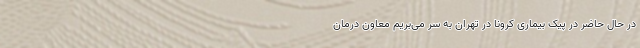
در حال حاضر در پیک بیماری کرونا در تهران به سر می‌بریم معاون درمان